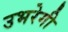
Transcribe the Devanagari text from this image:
उभरेगी